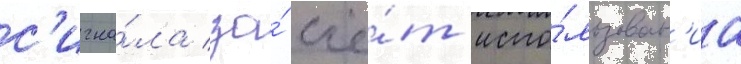
с'игна́ла за́ счё́т испо́льзован'иа